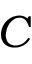
C